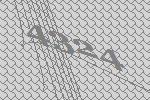
4324